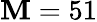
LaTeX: \mathbf{M}=51